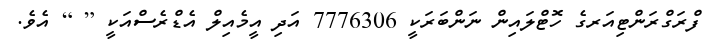
ފްރަގްރަންޓިއަރގެ ހޮޓްލައިން ނަންބަރަކީ 7776306 އަދި އީމެއިލް އެޑްރެސްއަކީ [ ] އެވެ.